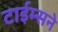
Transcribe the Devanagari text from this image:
टाईम्सने